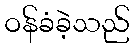
ဝန်ခံခဲ့သည်